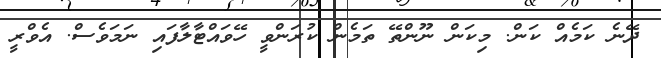
ދޭނެ ކަމެއް ކަން. މިކަން ނޫންތޭ ތަމެން ކުރަންވީ ހޭވައްޓާލާފައި ނަމަވެސް. އެވްރީ